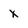
Character: x